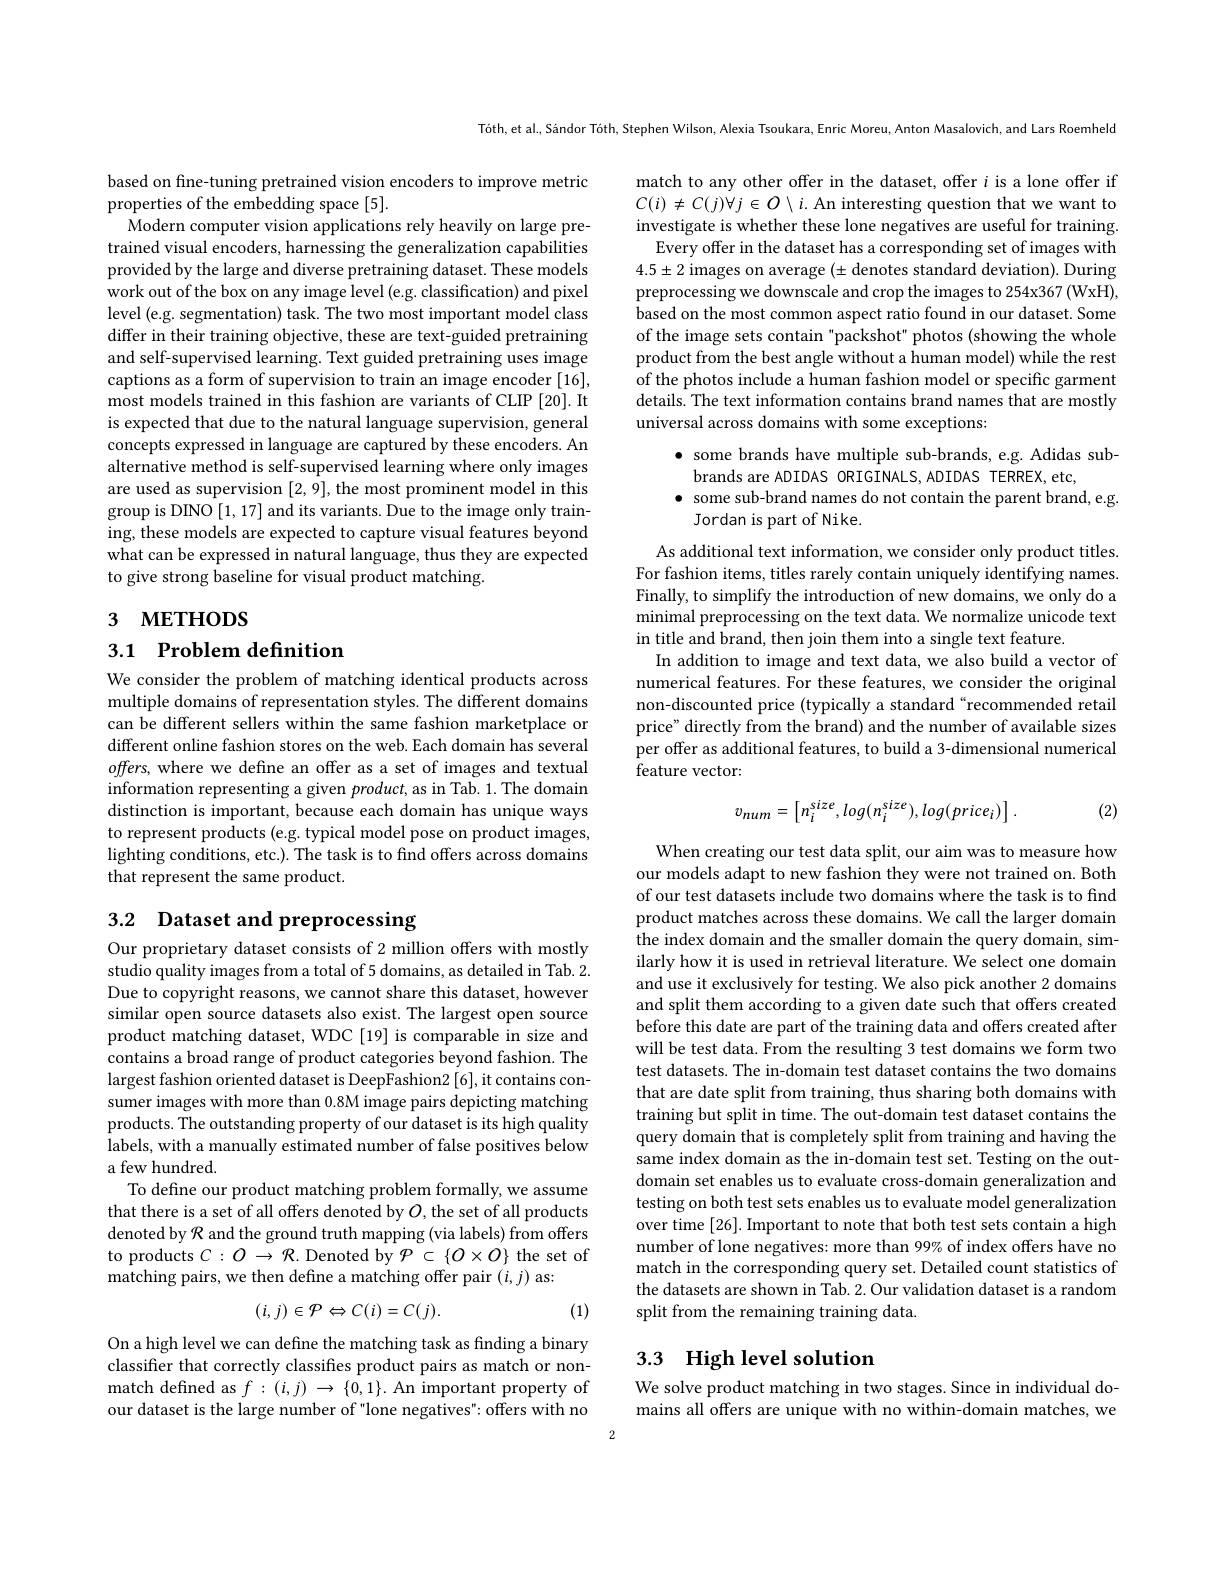
Tóth,et al., Sándor Tóth, Stephen Wilson, Alexia Tsoukara, Enric Moreu, Anton Masalovich, and Lars Roemheld

match to any other offer in the dataset, offer $i$ is a lone offer if $C(i)\neq C(j)\forall j\in O\setminus i.$ An interesting question that we want to investigate is whether these lone negatives are useful for training.
Every offer in the dataset has a corresponding set of images with $4.5\pm2$ images on average $(\pm$ denotes standard deviation). During preprocessing we downscale and crop the images to 254x367 (WxH), based on the most common aspect ratio found in our dataset. Some of the image sets contain"packshot" photos (showing the whole product from the best angle without a human model) while the rest of the photos include a human fashion model or specific garment details. The text information contains brand names that are mostly universal across domains with some exceptions:

based on fne-tuning pretrained vision encoders to improve metric
properties of the embedding space [5].
Modern computer vision applications rely heavily on large pretrained visual encoders, harnessing the generalization capabilities provided by the large and diverse pretraining dataset. These models work out of the box on any image level (e.g. classification) and pixel level (e.g. segmentation) task. The two most important model class differ in their training objective, these are text-guided pretraining and self-supervised learning. Text guided pretraining uses image captions as a form of supervision to train an image encoder [16], most models trained in this fashion are variants of CLIP [20]. It is expected that due to the natural language supervision, general concepts expressed in language are captured by these encoders. An alternative method is self-supervised learning where only images are used as supervision [2,9], the most prominent model in this group is DINO [1,17] and its variants. Due to the image only training, these models are expected to capture visual features beyond what can be expressed in natural language, thus they are expected to give strong baseline for visual product matching

$\bullet$ some brands have multiple sub-brands, e.g. Adidas sub-
brands are ADIDAS ORIGINALS,ADIDAS TERREX,etc,
$\bullet$ some sub-brand names do not contain the parent brand, e.g.
Jordan is part of Nike.

# 3 мЕтнорs

# 3.1 Problem definition

As additional text information, we consider only product titles. For fashion items, titles rarely contain uniquely identifying names. Finally, to simplify the introduction of new domains, we only do a minimal preprocessing on the text data. We normalize unicode text in title and brand, then join them into a single text feature.
In addition to image and text data, we also build a vector of numerical features. For these features, we consider the original non-discounted price (typically a standard“recommended retail price" directly from the brand) and the number of available sizes per offer as additional features, to build a 3-dimensional numerical feature vector:

We consider the problem of matching identical products across multiple domains of representation styles. The different domains can be different sellers within the same fashion marketplace or different online fashion stores on the web. Each domain has several $offers$, where we define an offer as a set of images and textual information representing a given product,as in Tab.1. The domain distinction is important, because each domain has unique ways to represent products (e.g. typical model pose on product images, lighting conditions, etc.). The task is to find offers across domains that represent the same product.

(2)
$$v_{num}=\begin{bmatrix}n_i^{size},log(n_i^{size}),log(price_i)\end{bmatrix}.$$
# 3.2 Dataset and preprocessing

When creating our test data split, our aim was to measure how our models adapt to new fashion they were not trained on. Both of our test datasets include two domains where the task is to find product matches across these domains. We call the larger domain the index domain and the smaller domain the query domain, similarly how it is used in retrieval literature. We select one domain and use it exclusively for testing. We also pick another 2 domains and split them according to a given date such that offers created before this date are part of the training data and offers created after will be test data. From the resulting 3 test domains we form two test datasets. The in-domain test dataset contains the two domains that are date split from training, thus sharing both domains with training but split in time. The out-domain test dataset contains the query domain that is completely split from training and having the same index domain as the in-domain test set. Testing on the outdomain set enables us to evaluate cross-domain generalization and testing on both test sets enables us to evaluate model generalization over time [26]. Important to note that both test sets contain a high number of lone negatives: more than 99% of index offers have no match in the corresponding query set. Detailed count statistics of the datasets are shown in Tab. 2. Our validation dataset is a random split from the remaining training data.

Our proprietary dataset consists of 2 million offers with mostly studio quality images from a total of 5 domains, as detailed in Tab. 2. Due to copyright reasons, we cannot share this dataset, however similar open source datasets also exist. The largest open source product matching dataset, WDC [19] is comparable in size and contains a broad range of product categories beyond fashion. The largest fashion oriented dataset is DeepFashion2 [6], it contains consumer images with more than 0.8M image pairs depicting matching products. The outstanding property of our dataset is its high quality labels, with a manually estimated number of false positives below a few hundred.
To define our product matching problem formally, we assume that there is a set of all offers denoted by $O$, the set of all products denoted by $\mathcal{R}$ and the ground truth mapping (via labels) from offers to products $C:O\to\mathcal{R}$.Denoted by $\mathcal P\subset\{O\times O\}$ the set of matching pairs, we then define a matching offer pair $(i,j)$ as:
$$(i,j)\in\mathcal{P}\Leftrightarrow C(i)=C(j).$$
(1)

# 3.3 High level solution

On a high level we can define the matching task as finding a binary classifier that correctly classifies product pairs as match or nonmatch defined as $f:(i,j)\to\{0,1\}.$ An important property of our dataset is the large number of "lone negatives" offers with no

We solve product matching in two stages. Since in individual domains all offers are unique with no within-domain matches, we